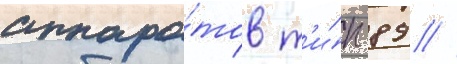
аппара́тов т'и́п 89 //